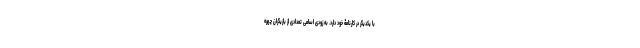
با یکدیگر در کارنامۀ خود دارد. به زودی اسامی تعدادی از بازیگران چهره